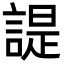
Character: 諟